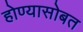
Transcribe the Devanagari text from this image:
होण्यासोबत